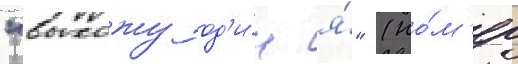
"выхожу од'и́н я́" (но́м'ер